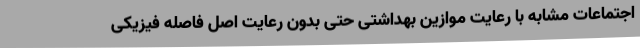
اجتماعات مشابه با رعایت موازین بهداشتی حتی بدون رعایت اصل فاصله فیزیکی